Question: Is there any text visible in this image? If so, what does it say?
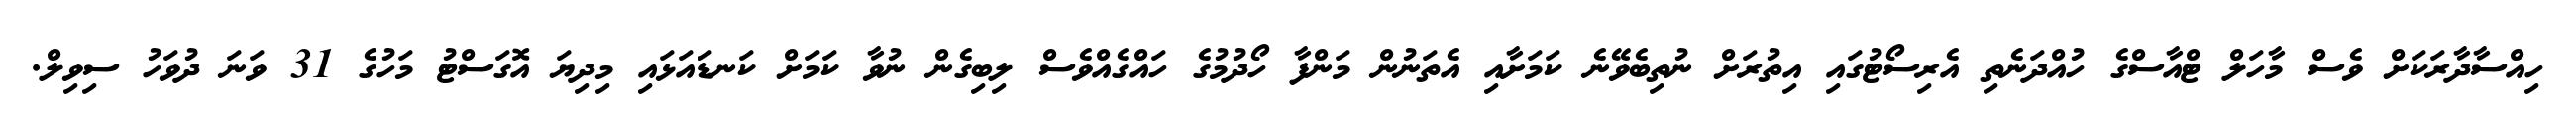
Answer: ހިއްސާދާރަކަށް ވެސް މާހަލް ޓްއާސްގެ ހުއްދަނެތި އެރިސޯޓުގައި އިތުރަށް ނުތިބެވޭނެ ކަމަށާއި އެތަނުން މަންފާ ހޯދުމުގެ ހައްގެއްވެސް ލިބިގެން ނުވާ ކަމަށް ކަނޑައަޅައި މިދިޔަ އޮގަސްޓު މަހުގެ 31 ވަނަ ދުވަހު ސިވިލް.